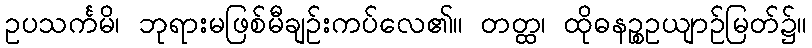
ဥပသင်္ကမိ၊ ဘုရားမဖြစ်မီချဉ်းကပ်လေ၏။ တတ္ထ၊ ထိုဓနဉ္စဥယျာဉ်မြတ်၌။